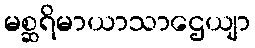
မစ္ဆရိမာယာသာဌေယျာ